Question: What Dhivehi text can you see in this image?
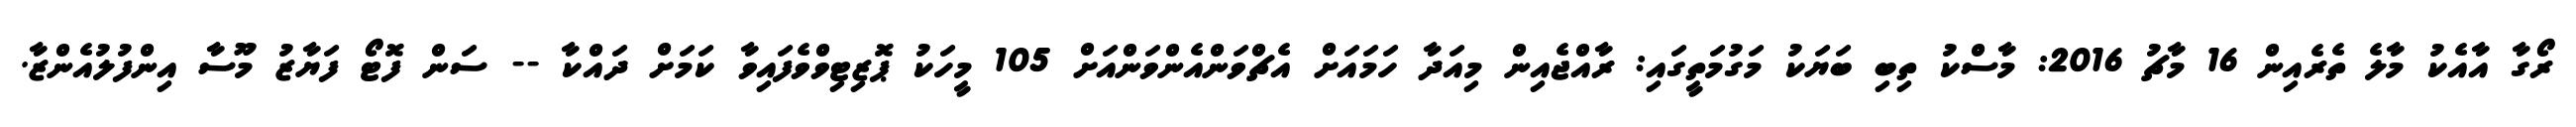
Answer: ރޯގާ އާއެކު މާލެ ތެރެއިން 16 މާޗު 2016: މާސްކު ތިބި ބަޔަކު މަގުމަތީގައި: ރާއްޖެއިން މިއަދާ ހަމައަށް އެޗްވަންއެންވަންއަށް 105 މީހަކު ޕޮޒިޓިވްވެފައިވާ ކަމަށް ދައްކާ -- ސަން ފޮޓޯ ފަޔާޒު މޫސާ އިންފުލުއެންޒާ.